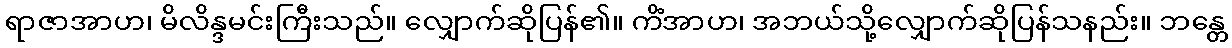
ရာဇာအာဟ၊ မိလိန္ဒမင်းကြီးသည်။ လျှောက်ဆိုပြန်၏။ ကိံအာဟ၊ အဘယ်သို့လျှောက်ဆိုပြန်သနည်း။ ဘန္တေ